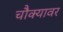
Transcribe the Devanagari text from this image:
चौक्यावर